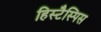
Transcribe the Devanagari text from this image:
हिस्टैस्पिस